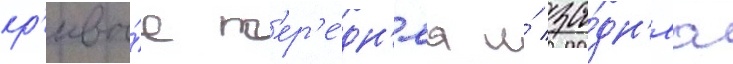
кр'ивы́е п'ер'е́дн'яа и́ за́дн'яа